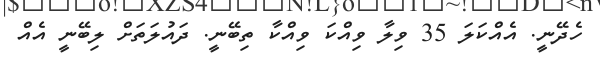
ހެދޭނީ. އެއްކަލަ 35 ވިލާ ވިއްކަ ވިއްކާ ތިބޭނީ. ދައުލަތަށް ލިބޭނީ އެއް